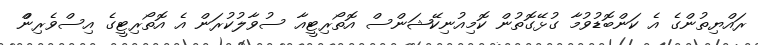
ރައްޔިތުންގެ އެ ކަންބޮޑުވުމާ ގުޅޭގޮތުން ކޮމިއުނިކޭޝަންސް އޮތޯރިޓީއާ ސުވާލުކުރަން އެ އޮތޯރިޓީގެ އިސްވެރިންް